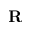
\mathbf { R }